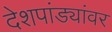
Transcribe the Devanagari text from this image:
देशपांड्यांवर